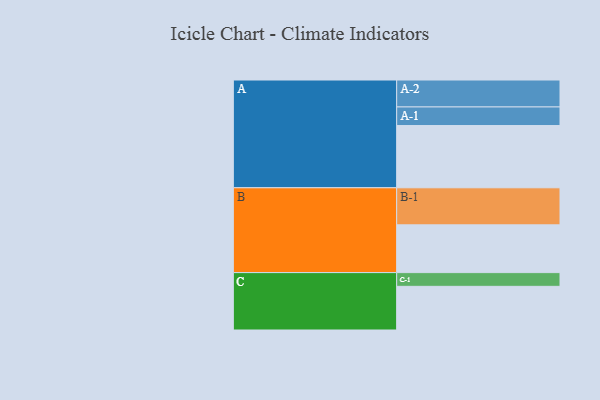
{"axis": {"x": "Segment", "y": "Value"}, "legend": ["", "A", "B", "C"], "data": [{"x": "A", "y": 499, "type": ""}, {"x": "B", "y": 383, "type": ""}, {"x": "C", "y": 350, "type": ""}, {"x": "A-1", "y": 149, "type": "A"}, {"x": "A-2", "y": 216, "type": "A"}, {"x": "B-1", "y": 297, "type": "B"}, {"x": "C-1", "y": 110, "type": "C"}]}